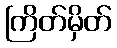
ကြိတ်မှိတ်